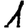
Digit: 1